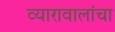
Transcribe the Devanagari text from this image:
व्यारावालांचा